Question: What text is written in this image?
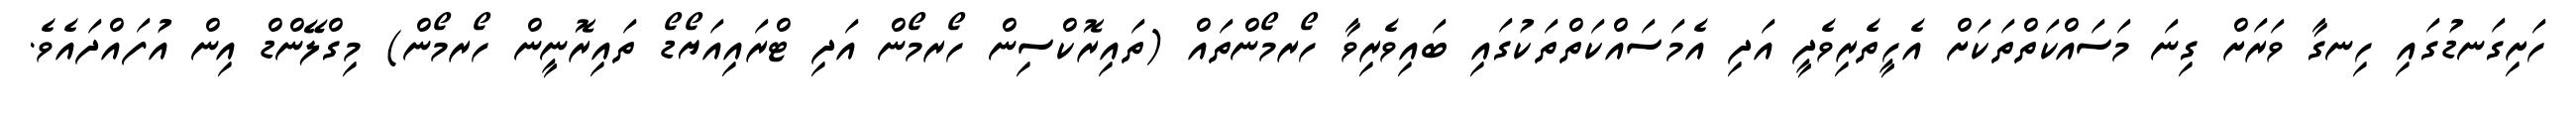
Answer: ހަށިގަނޑުގައި ހިނގާ ވަރަށް ގިނަ މަސައްކަތްތަކަށް އެހީތެރިވެދީ އަދި އެމަސައްކަތްތަކުގައި ބައިވެރިވާ ހޯރމޯންތައް (ތައިރޮކްސިން ހޯރމޯން އަދި ޓްރައިއަޔޯޑޯ ތައިރޮނީން ހޯރމޯން) މިގްލޭންޑް އިން އުފައްދައެވެ.